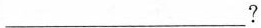
___?